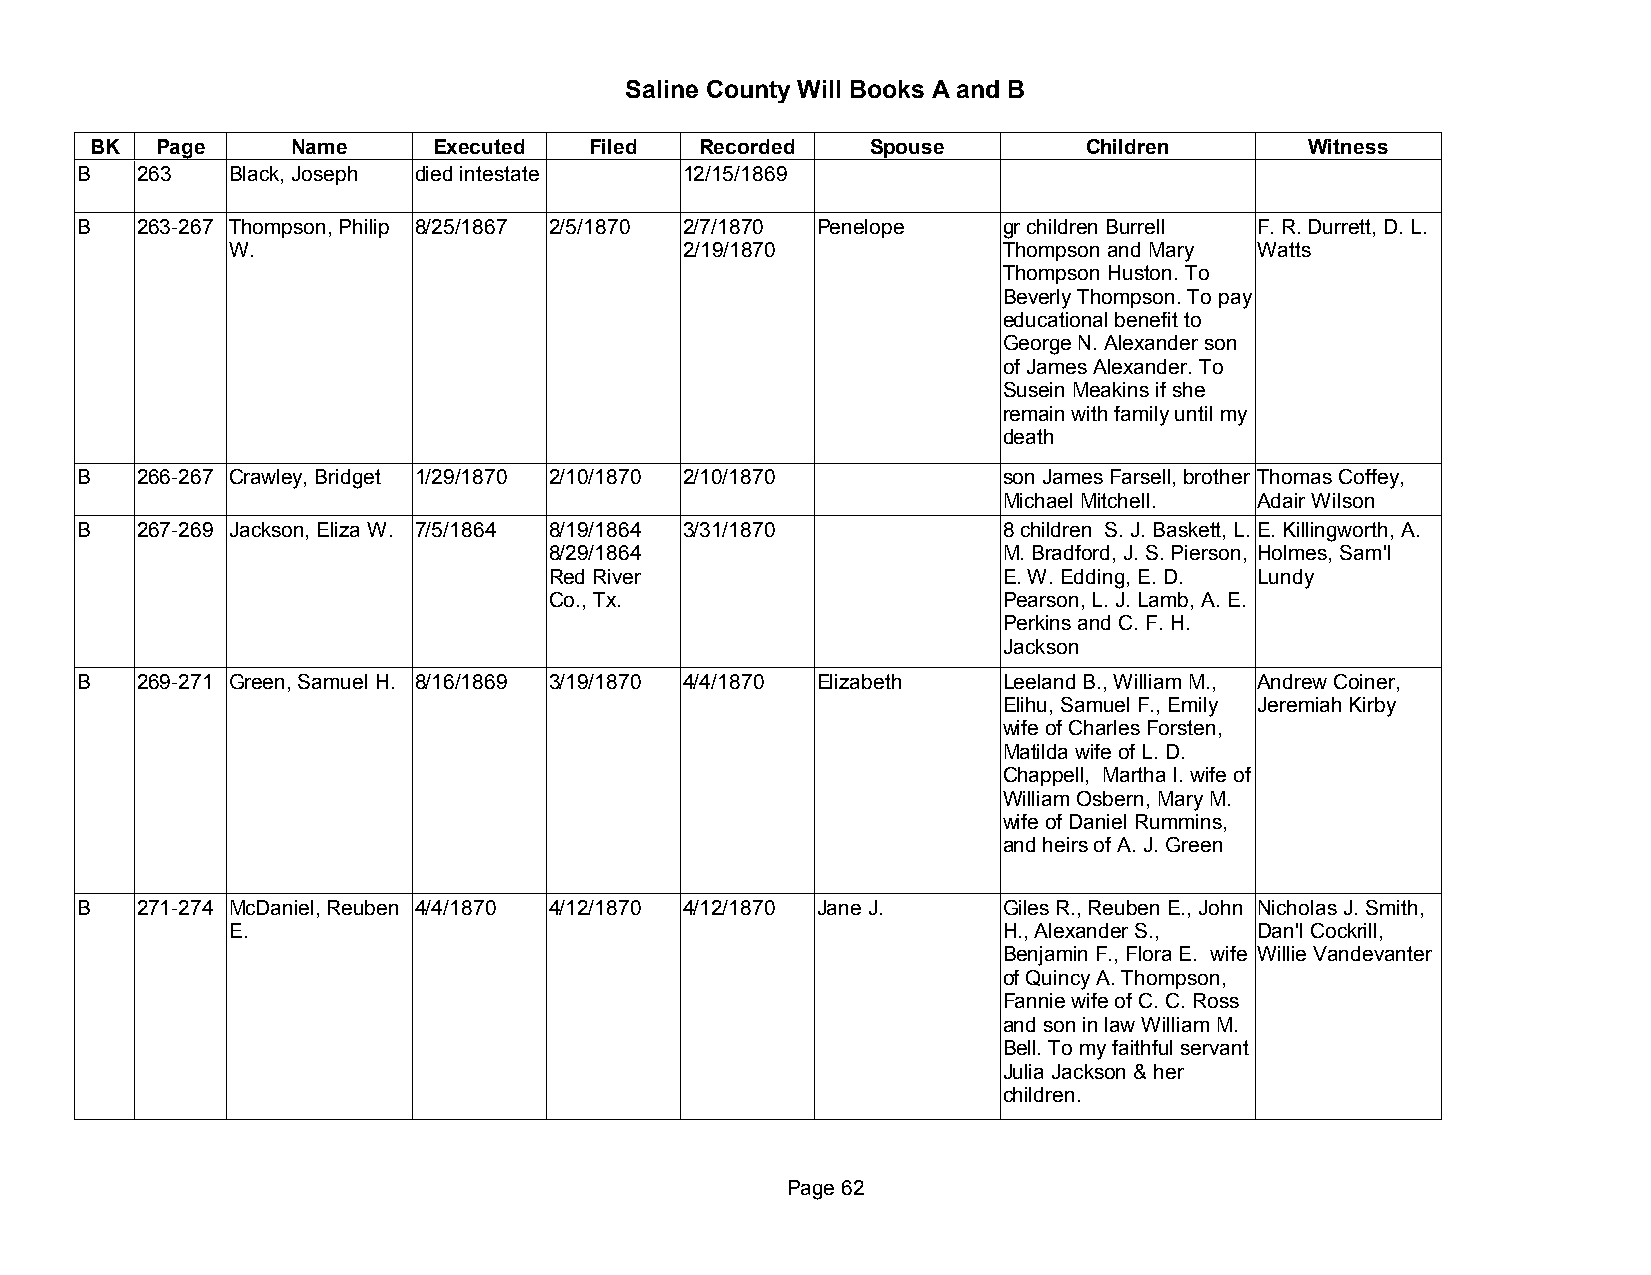
Saline County Will Books A and B
 BK  Page     Name      Executed  Filed  Recorded    Spouse        Children       Witness
 B   263   Black, Joseph died intestate  12/15/1869
 B   263-267 Thompson, Philip 8/25/1867 2/5/1870 2/7/1870 Penelope gr children Burrell F. R. Durrett, D. L.
 W.                            2/19/1870            Thompson and Mary Watts
 Thompson Huston. To
 Beverly Thompson. To pay
 educational benefit to
 George N. Alexander son
 of James Alexander. To
 Susein Meakins if she
 remain with family until my
 death
 B   266-267 Crawley, Bridget 1/29/1870 2/10/1870 2/10/1870   son James Farsell, brother Thomas Coffey,
 Michael Mitchell. Adair Wilson
 B   267-269 Jackson, Eliza W. 7/5/1864 8/19/1864 3/31/1870   8 children S. J. Baskett, L. E. Killingworth, A.
 8/29/1864                     M. Bradford, J. S. Pierson, Holmes, Sam'l
 Red River                     E. W. Edding, E. D. Lundy
 Co., Tx.                      Pearson, L. J. Lamb, A. E.
 Perkins and C. F. H.
 Jackson
 B   269-271 Green, Samuel H. 8/16/1869 3/19/1870 4/4/1870 Elizabeth Leeland B., William M., Andrew Coiner,
 Elihu, Samuel F., Emily Jeremiah Kirby
 wife of Charles Forsten,
 Matilda wife of L. D.
 Chappell, Martha I. wife of
 William Osbern, Mary M.
 wife of Daniel Rummins,
 and heirs of A. J. Green
 B   271-274 McDaniel, Reuben 4/4/1870 4/12/1870 4/12/1870 Jane J. Giles R., Reuben E., John Nicholas J. Smith,
 E.                                                 H., Alexander S., Dan'l Cockrill,
 Benjamin F., Flora E. wife Willie Vandevanter
 of Quincy A. Thompson,
 Fannie wife of C. C. Ross
 and son in law William M.
 Bell. To my faithful servant
 Julia Jackson & her
 children.
 Page 62